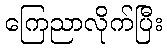
ကြေညာလိုက်ပြီး